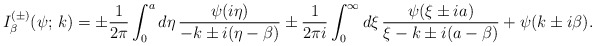
\begin{align*}I_\beta^{(\pm)}(\psi;\,k)=\pm\frac{1}{2\pi }\int_0^a d\eta\,\frac{\psi(i\eta)}{-k \pm i(\eta-\beta)}\pm\frac{1}{2\pi i}\int_0^\infty d\xi\,\frac{\psi(\xi \pm ia)}{\xi-k\pm i(a-\beta)}+\psi(k \pm i\beta).\end{align*}